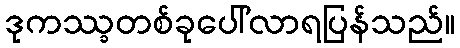
ဒုကဿ္ခတစ်ခုပေါ်လာရပြန်သည်။